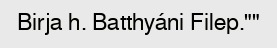
Birja h. Batthyáni Filep.""